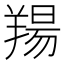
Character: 𦎪